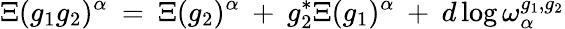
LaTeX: \Xi(g_{1}g_{2})^{\alpha}\: =\: \Xi(g_{2})^{\alpha}\: +\: g_{2}^{*}\Xi(g_{1})^{\alpha}\: +\: d\log\omega_{\alpha}^{g_{1},g_{2}}